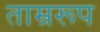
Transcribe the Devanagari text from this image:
ताम्ररूप